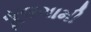
મૂલગામી